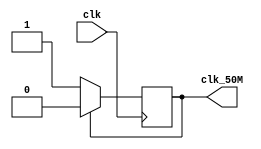
`timescale 1ns / 1ps
//////////////////////////////////////////////////////////////////////////////////
// Company: 
// Engineer: 
// 
// Design Name: 
// Module Name: Buzzer
// Project Name: 
// Target Devices: 
// Tool Versions: 
// Description: 
// 
// Dependencies: 
// 
// Revision:
// Revision 0.01 - File Created
// Additional Comments:
// 
//////////////////////////////////////////////////////////////////////////////////
`timescale 1ns / 1ps
//////////////////////////////////////////////////////////////////////////////////
// Company: 
// Engineer: 
// 
// Design Name: 
// Module Name:    pwm_generator 
// Project Name: 
// Target Devices: 
// Tool versions: 
// Description: 
//
// Dependencies: 
//
// Revision: 
// Revision 0.01 - File Created
// Additional Comments: 
//
//////////////////////////////////////////////////////////////////////////////////
module clk_50(
    input  clk, 
    output clk_50M);
    
	reg cnt = 1'b0;   
	always @ (posedge clk) begin
		if(cnt == 1'b1)
			cnt <= 1'b0;
		else
			cnt <= 1'b1;
	end
    assign clk_50M = cnt;
endmodule

module pwm_generator(Clk50M, 
                 Rst_n,  
                  cnt_en,    
                 counter_arr,   
                  counter_ccr,    
                 o_pwm ); 
   input Clk50M;   //50MHz  
   input Rst_n;    //  
   input cnt_en;   // 
	input [31:0]counter_arr;//32  
   input [31:0]counter_ccr;//32  
   output reg o_pwm;   //pwm  
   reg [31:0]counter;//32 
   always@(posedge Clk50M or negedge Rst_n)    
		if(!Rst_n) 
			counter <= 32'd0;   
		else if(cnt_en)
		begin       
			if(counter == 0) 
            counter <= counter_arr;//0      
			else 
            counter <= counter - 1'b1;//1   
		end   
		else 
				counter <= counter_arr; //  
	always@(posedge Clk50M or negedge Rst_n)  
		if(!Rst_n)  //PWM     
			o_pwm <= 1'b1; 
		else if(counter >= counter_ccr)//    
			o_pwm <= 1'b1;  //0   
		else    //    
			o_pwm <= 1'b0; //1        
endmodule
module buzzer(clk, Rst_n, buzzer );  
	input clk;    
	input Rst_n;    
	output buzzer;      
	reg [31:0]counter_arr;  // 
	reg [31:0]counter_ccr; // 
	reg [23:0]cnt;    //10Hz
	reg [7:0]Pitch_num; // 
	wire Clk50M;
	clk_50 m0(clk, Clk50M);
 
	localparam 
		L1 = 191130, //1 
		L2 = 170241, //2 
		L3 = 151698, //3 
		L4 = 143183, //4 
		L5 = 127550, //5 
		L6 = 113635, //6 
		L7 = 101234, //7 
		M1 = 95546, //1 
		M2 = 85134, //2 
		M3 = 75837, //3 
		M4 = 71581, //4 
		M5 = 63775, //5 
		M6 = 56817, //6 
		M7 = 50617, //7 
		H1 = 47823, //1 
		H2 = 42563, //2 
		H3 = 37921, //3 
		H4 = 35793, //4 
		H5 = 31887, //5 
		H6 = 28408, //6 
		H7 = 25309, //7 
		VO = 200000; //
		
 
	//10Hz 
	always @(posedge Clk50M,negedge Rst_n)
	begin
		if(!Rst_n)
			cnt <= 24'd0;
		else
		begin
			cnt <= cnt + 1'b1;
			if(cnt==24'd4999999)
				cnt <= 24'd0;
		end
	end



    //
	always@(posedge Clk50M or negedge Rst_n)   
		if(!Rst_n) 
			Pitch_num <= 8'd0; 
		else if(cnt == 0)
		begin 
			if(Pitch_num == 8'd97)          
				Pitch_num <= 8'd0;       
			else 
				Pitch_num <= Pitch_num + 1'd1;   
		end 
		else 
			Pitch_num <= Pitch_num;   

		// 
	always@(*) 
	case(Pitch_num) 
			
			0:counter_arr = VO;
			1:counter_arr = L6;
			2:counter_arr = VO;
			3:counter_arr = M1;
			4:counter_arr = VO;
			5:counter_arr = M3;
			6:counter_arr = VO;
			7:counter_arr = L6;
			8:counter_arr = VO;
			9:counter_arr = M1;
			10:counter_arr = VO;
			11:counter_arr = M3;
			12:counter_arr = VO;
			13:counter_arr = L6;
			14:counter_arr = VO;
			15:counter_arr = M1;
			16:counter_arr = VO;
			17:counter_arr = M3;
			18:counter_arr = VO;
			19:counter_arr = L6;
			20:counter_arr = VO;
			21:counter_arr = M1;
			22:counter_arr = VO;
			23:counter_arr = M3;
			24:counter_arr = VO;
			25:counter_arr = L5;
			26:counter_arr = VO;
			27:counter_arr = L7;
			28:counter_arr = VO;
			29:counter_arr = M2;
			30:counter_arr = VO;
			31:counter_arr = L5;
			32:counter_arr = VO;
			33:counter_arr = L7;
			34:counter_arr = VO;
			35:counter_arr = M2;
			36:counter_arr = VO;
			37:counter_arr = L5;
			38:counter_arr = VO;
			39:counter_arr = L7;
			40:counter_arr = VO;
			41:counter_arr = M2;
			42:counter_arr = VO;
			43:counter_arr = L5;
			44:counter_arr = VO;
			45:counter_arr = L7;
			46:counter_arr = VO;
			47:counter_arr = M2;
			48:counter_arr = VO;
			49:counter_arr = L4;
			50:counter_arr = VO;
			51:counter_arr = L6;
			52:counter_arr = VO;
			53:counter_arr = M1;
			54:counter_arr = VO;
			55:counter_arr = L4;
			56:counter_arr = VO;
			57:counter_arr = L6;
			58:counter_arr = VO;
			59:counter_arr = M1;
			60:counter_arr = VO;
			61:counter_arr = L4;
			62:counter_arr = VO;
			63:counter_arr = L6;
			64:counter_arr = VO;
			65:counter_arr = M1;
			66:counter_arr = VO;
			67:counter_arr = L4;
			68:counter_arr = VO;
			69:counter_arr = L6;
			70:counter_arr = VO;
			71:counter_arr = M1;
			72:counter_arr = VO;
			73:counter_arr = L5;
			74:counter_arr = VO;
			75:counter_arr = L7;
			76:counter_arr = VO;
			77:counter_arr = M2;
			78:counter_arr = VO;
			79:counter_arr = L5;
			80:counter_arr = VO;
			81:counter_arr = L7;
			82:counter_arr = VO;
			83:counter_arr = M2;
			84:counter_arr = VO;
			85:counter_arr = L5;
			86:counter_arr = VO;
			87:counter_arr = L7;
			88:counter_arr = VO;
			89:counter_arr = M2;
			90:counter_arr = VO;
			91:counter_arr = L5;
			92:counter_arr = VO;
			93:counter_arr = L7;
			94:counter_arr = VO;
			95:counter_arr = M2;
			96:counter_arr = VO;

			
			
//		6 1 3x4 5 7 2x4 4 6 1x4 5 7 2x4 


			default:counter_arr  = L1;   
	endcase 
	
	always@(posedge Clk50M or negedge Rst_n)   
	begin
		if(!Rst_n) 
			counter_ccr <= 32'd0; 
		else if(counter_arr < 32'd199999)
			counter_ccr <= counter_arr >> 1;  
		else 
			counter_ccr <= 0;
	end


		// 
//	assign counter_ccr = counter_arr >> 1;  
	pwm_generator m1( .Clk50M(Clk50M), .Rst_n(Rst_n), .cnt_en(1'b1), 
        .counter_arr(counter_arr),  .counter_ccr(counter_ccr),  .o_pwm(buzzer));  
endmodule